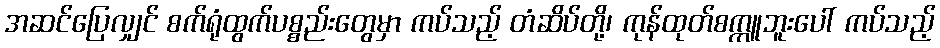
အဆင်ပြေလျှင် စက်ရုံထွက်ပစ္စည်းတွေမှာ ကပ်သည့် တံဆိပ်တို့၊ ကုန်ထုတ်စက္ကူဘူးပေါ် ကပ်သည့်